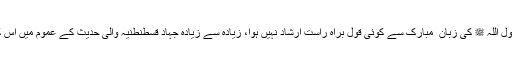
یزید کے مبینہ فضائل میں تو جناب رسالت مآب، سرور کونین رسول اللہ ﷺ کی زبان ِ مبارک سے کوئی قول براہ راست ارشاد نہیں ہوا، زیادہ سے زیادہ جہاد قسطنطنیہ والی حدیث کے عموم میں اس کو داخل کیا جاسکتا ہے، اب یہ اس کا اس کے رب کا معاملہ ہے ۔